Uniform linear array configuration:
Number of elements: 4
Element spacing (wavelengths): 0.5
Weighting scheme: hann
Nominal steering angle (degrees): -15
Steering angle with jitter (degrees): -15.394
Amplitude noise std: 0.05
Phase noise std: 0.05

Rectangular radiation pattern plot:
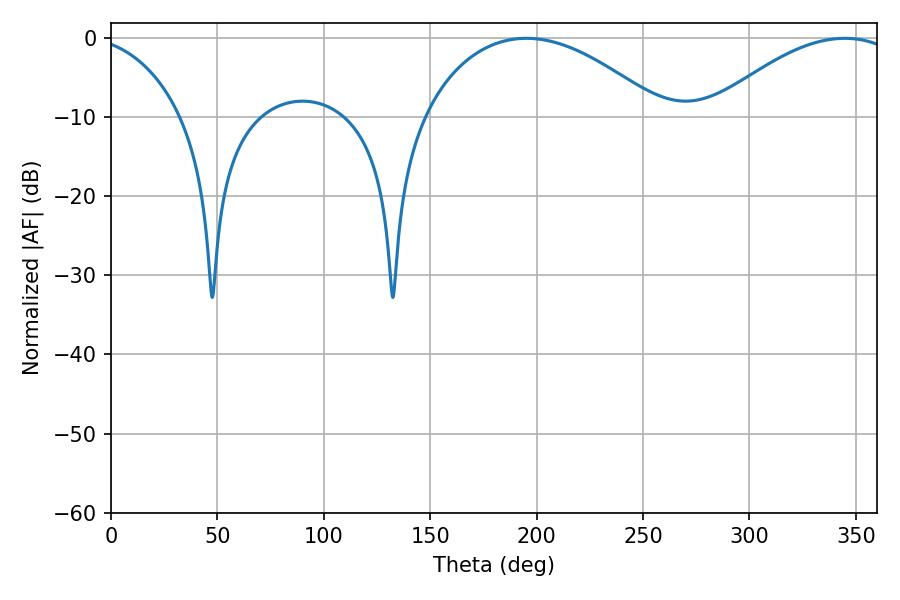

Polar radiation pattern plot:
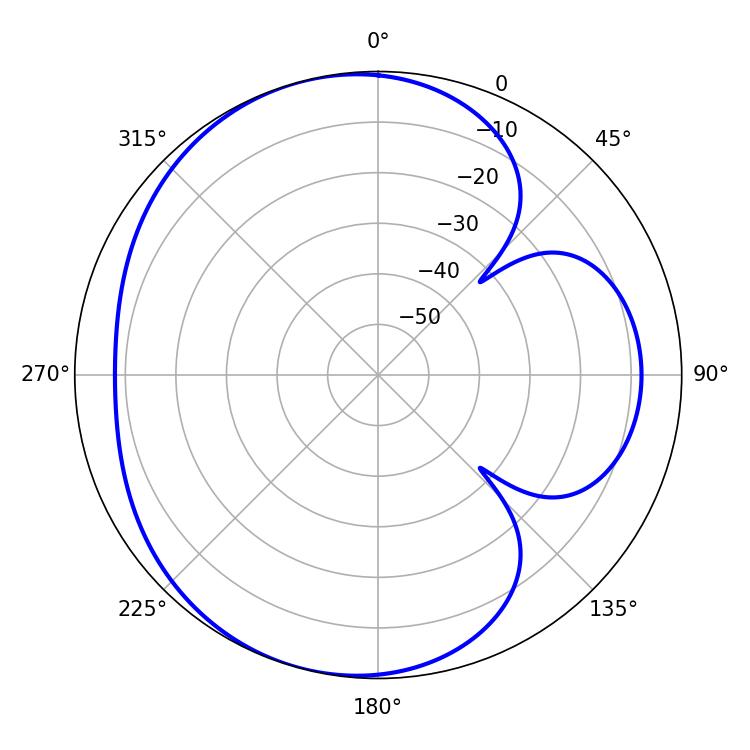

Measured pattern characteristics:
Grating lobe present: FALSE
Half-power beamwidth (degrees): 63.18
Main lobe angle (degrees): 195.12